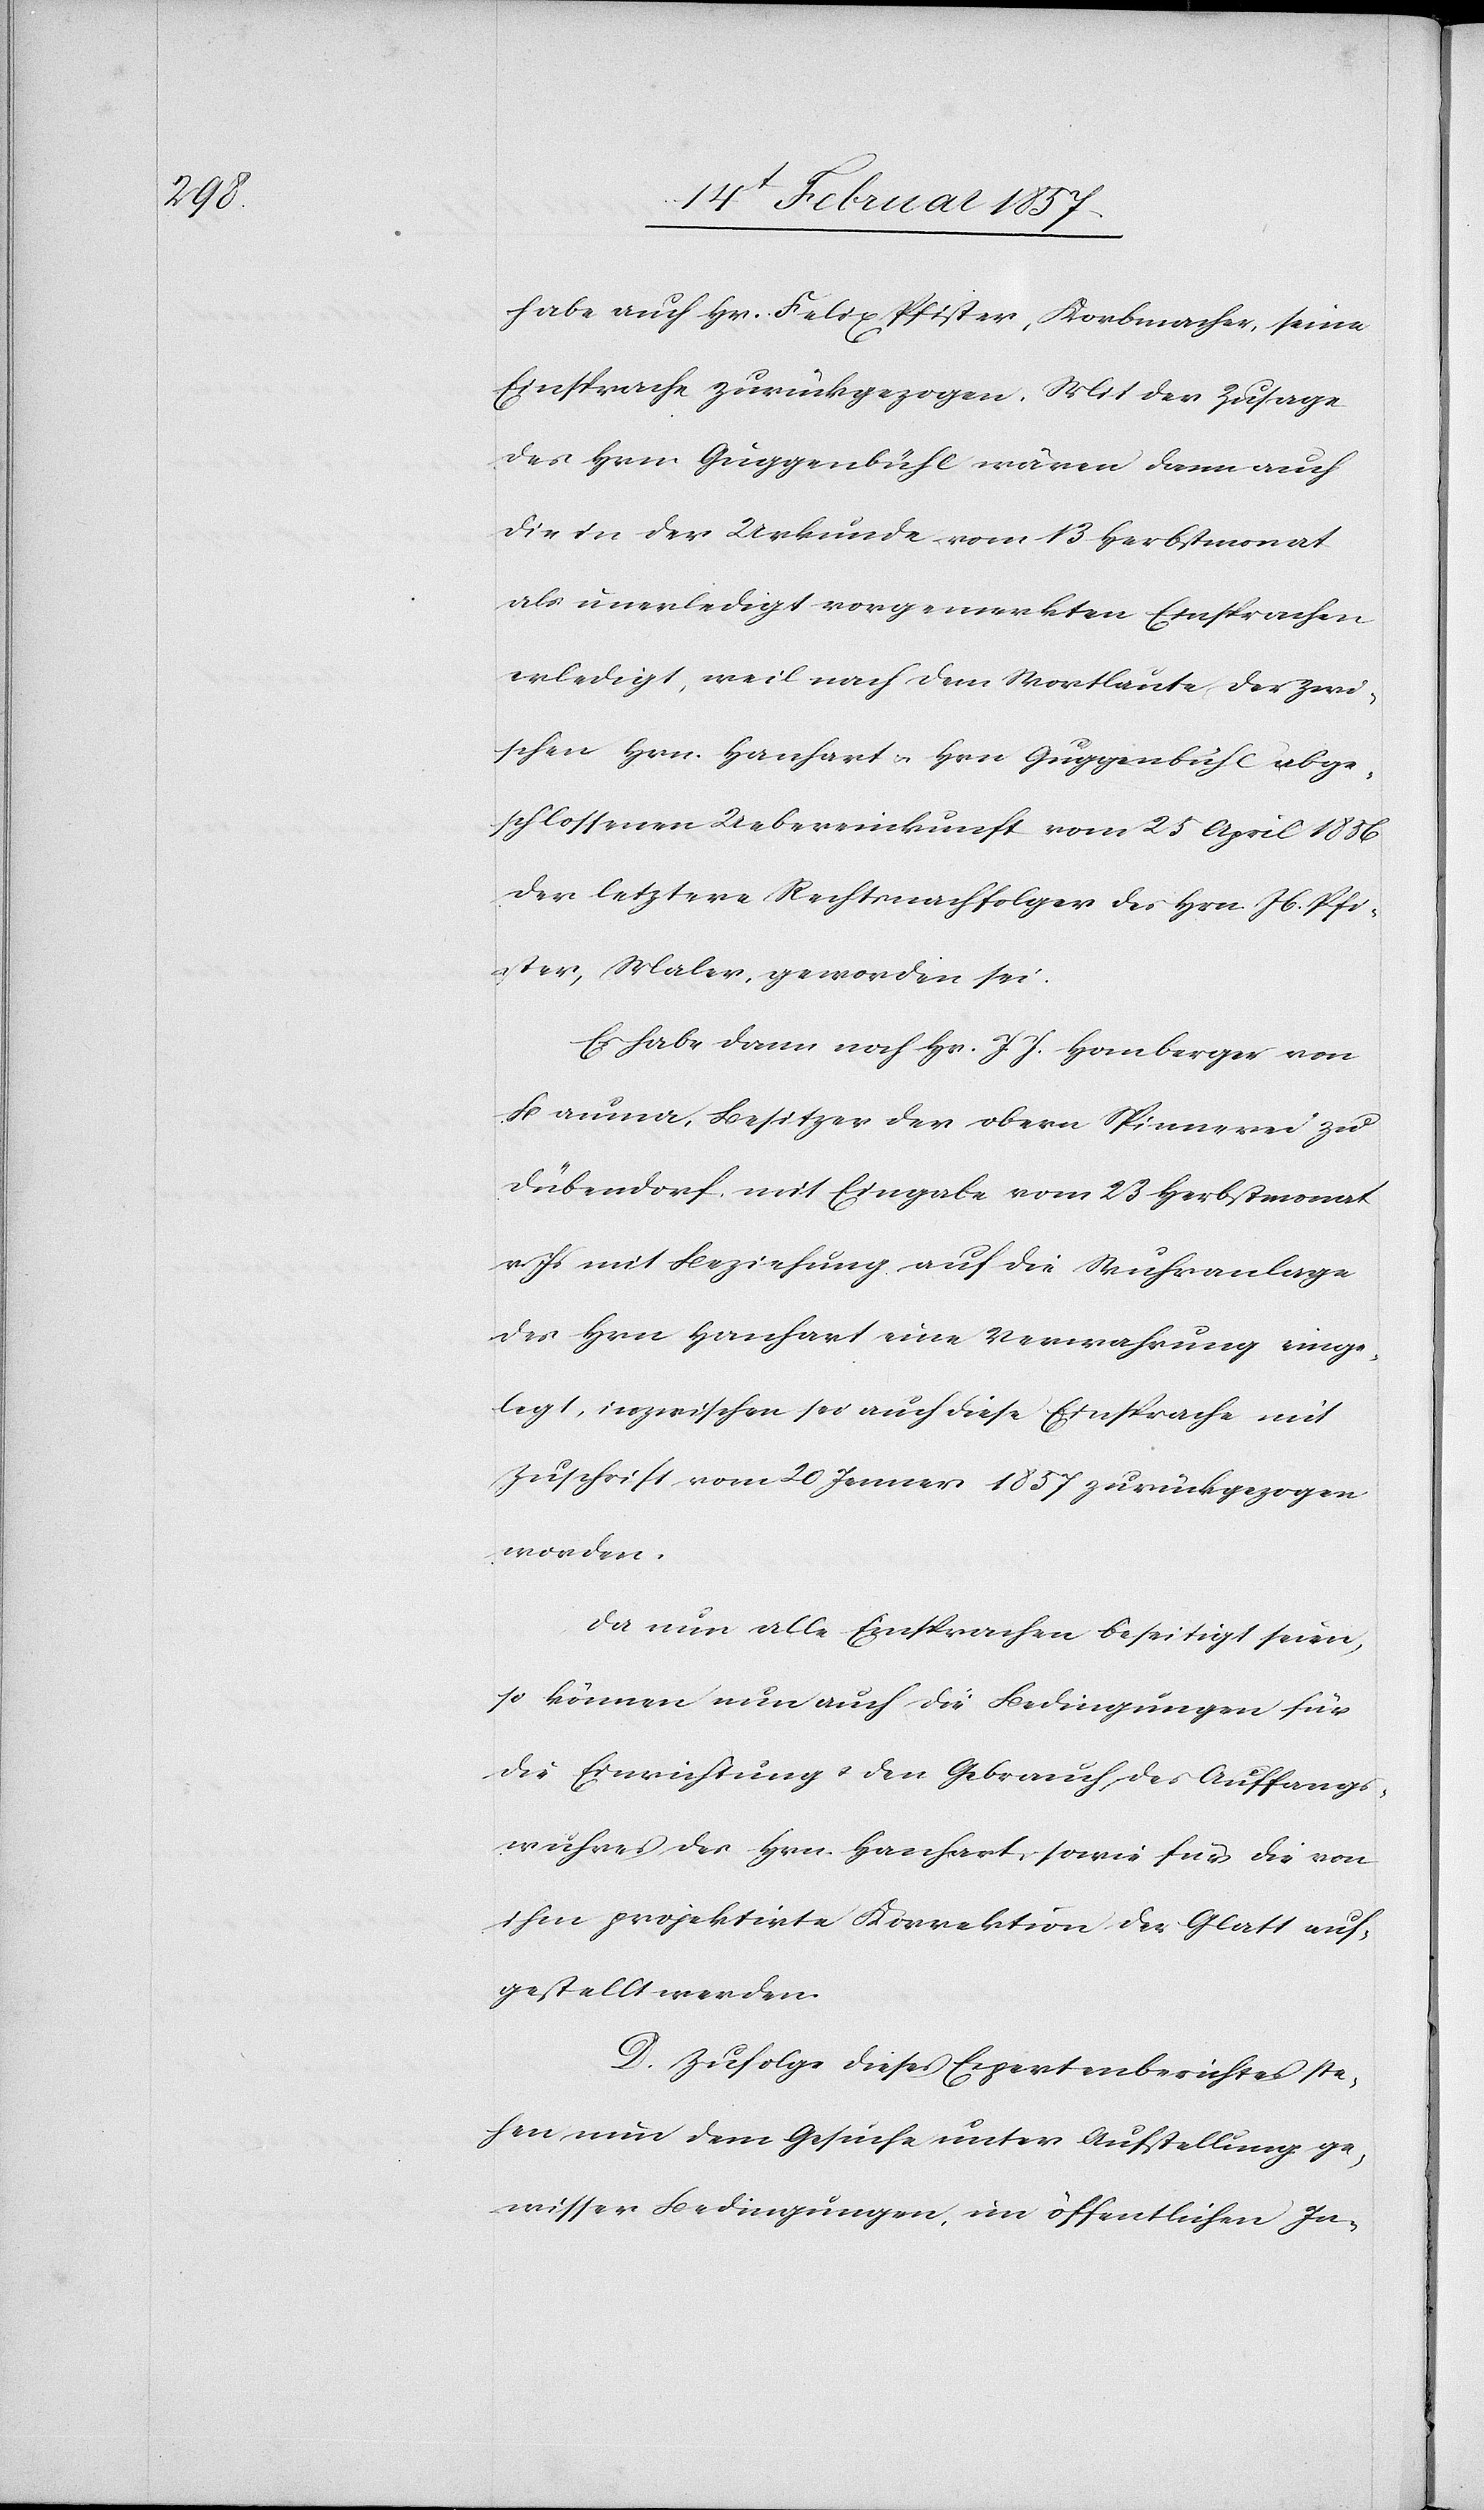
habe auch Hr. Felix Pfister, Korbmacher, seine
Einsprache zurückgezogen. Mit der Zusage
des Hrn. Guggenbühl wären dann auch
die in der Urkunde vom 13 Herbstmonat
als unerledigt vorgemerkten Einsprachen
erledigt, weil nach dem Wortlaute der zwi¬
schen Hrn. Hanhart u. Hrn Guggenbühl abge¬
schlossenen Uebereinkunft vom 25 April 1856
der letztere Rechtsnachfolger des Hrn. Jb. Pfi¬
ster, Maler, geworden sei.
Es habe dann noch Hr. J. J. Homberger von
Bauma, Besitzer der obern Spinnerei zu
Dübendorf, mit Eingabe vom 23 Herbstmonat
v. Js mit Beziehung auf die Wuhranlage
des Hrn Hanhart eine Verwahrung einge¬
legt, inzwischen sei auch diese Einsprache mit
Zuschrift vom 20 Jenner 1857 zurückgezogen
worden.
Da nun alle Einsprachen beseitigt seien,
so können nun auch die Bedingungen für
die Einrichtung u. den Gebrauch des Auffangs¬
wuhres des Hrn. Hanhart, sowie für die von
ihm projektirte Korrektion der Glatt auf¬
gestellt werden.
D. Zufolge dieses Expertenberichtes ste¬
hen nun dem Gesuche unter Aufstellung ge¬
wisser Bedingungen, im öffentlichen In-